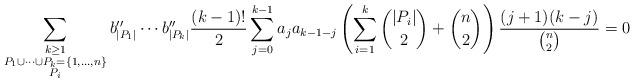
LaTeX: \begin{align*}\sum_{\substack{k \geq 1 \\ P_1 \cup \cdots \cup P_k = \{1,\ldots, n\} \\ P_i }} b''_{|P_1|}\cdots b''_{|P_k|} \frac{(k-1)!}{2}\sum_{j=0}^{k-1}a_ja_{k-1-j}\left(\sum_{i=1}^{k}\binom{|P_i|}{2} + \binom{n}{2}\right)\frac{(j+1)(k-j)}{\binom{n}{2}}= 0\end{align*}